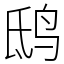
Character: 鸱